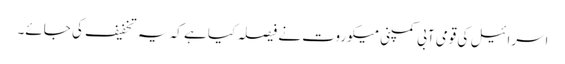
اسرائیل کی قومی آبی کمپنی میکوروت نے فیصلہ کیا ہے کہ یہ تخفیف کی جائے۔